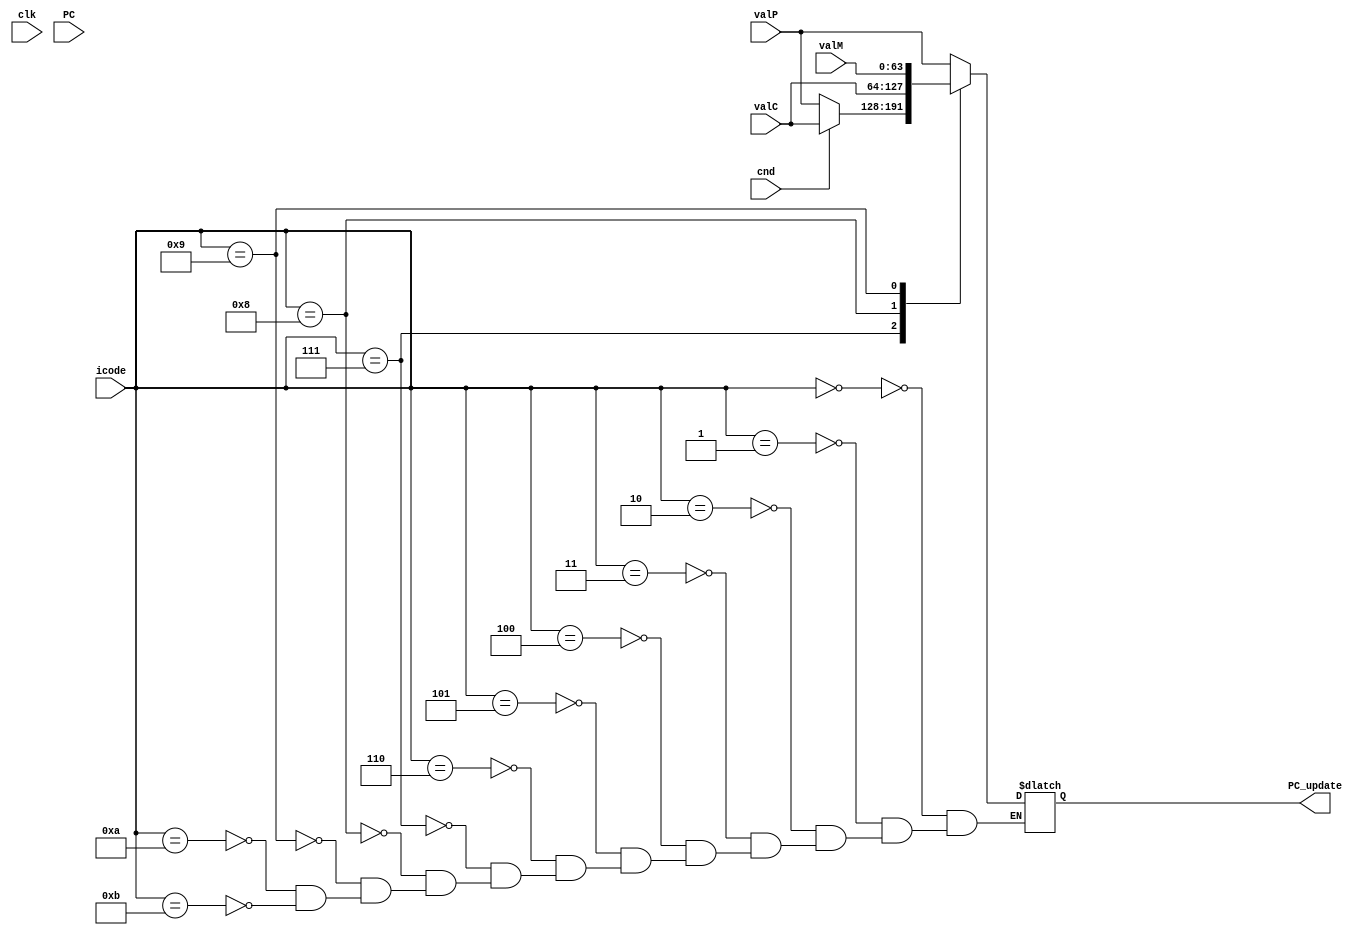
`timescale 1ns/1ps

module pcupdate(clk,PC,cnd,icode,valC,valM,valP,PC_update);

input clk;
input cnd;
input [3:0] icode;
input [63:0] valC;
input [63:0] valP;
input [63:0] valM;
input [63:0] PC;
output reg [63:0] PC_update;

always@(*)

    begin
         
         case(icode)
           
             4'b0000 : begin

                 PC_update = valP;

             end

             4'b0001 : begin

                 PC_update = valP;

             end

             4'b0010 : begin

                 PC_update = valP;

             end

             4'b0010 : begin

                 PC_update = valP;

             end

             4'b0011 : begin

                 PC_update = valP;

             end

             4'b0100 : begin

                 PC_update = valP;

             end

             4'b0101 : begin

                 PC_update = valP;

             end

             4'b0110 : begin 

                 PC_update = valP;

             end

             4'b0111 : begin

                 case(cnd)

                  1'b1 : begin

                      PC_update = valC;

                  end

                  1'b0 : begin

                      PC_update = valP;

                  end

                 endcase

             end


             4'b1000 : begin 

                 PC_update = valC;

             end

             4'b1001 : begin

                 PC_update = valM;

             end

             4'b1010 : begin 

                 PC_update = valP;

             end

             4'b1011 : begin

                 PC_update = valP;

             end

         endcase

    end

endmodule